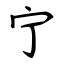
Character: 宁